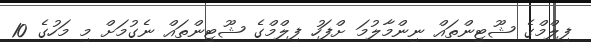
ފިލްމްގެ ޝޫޓިންތައް ނިންމާލުމަ ށްފަހު ފިލްމްގެ ޝޫޓިންތައް ނެގުމަށް މި މަހުގެ 10